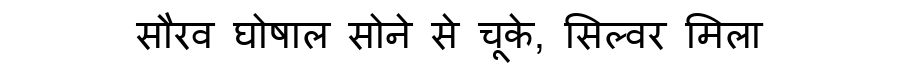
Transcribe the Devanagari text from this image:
सौरव घोषाल सोने से चूके, सिल्वर मिला